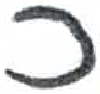
אות: כ